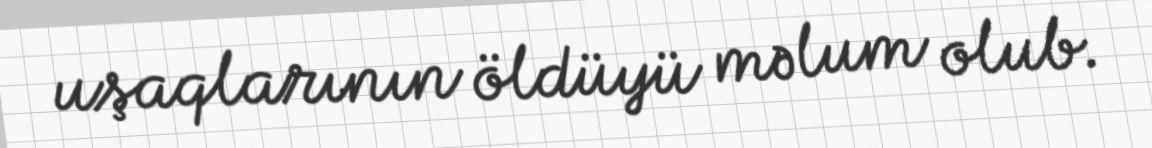
uşaqlarının öldüyü məlum olub.